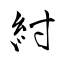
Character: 紂